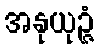
အနုယုဉ္ဇံ